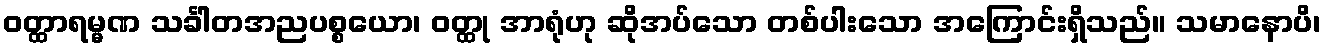
ဝတ္ထာရမ္မဏ သင်္ခါတအညပစ္စယော၊ ဝတ္ထု အာရုံဟု ဆိုအပ်သော တစ်ပါးသော အကြောင်းရှိသည်။ သမာနောပိ၊